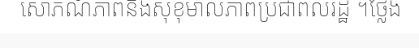
សោភណ័ភាពនិងសុខុមាលភាពប្រជាពលរដ្ឋ ។ថ្លែង